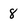
Character: 8